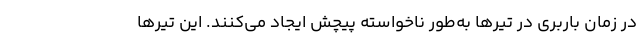
در زمان باربری در تیرها به‌طور ناخواسته پیچش ایجاد می‌کنند. این تیرها